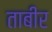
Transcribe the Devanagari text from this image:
ताबीर